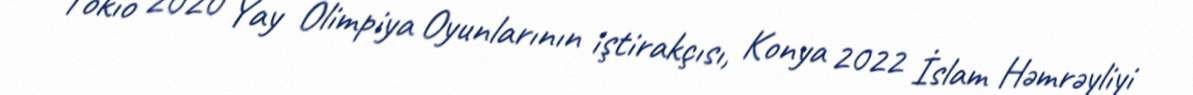
Tokio 2020 Yay Olimpiya Oyunlarının iştirakçısı, Konya 2022 İslam Həmrəyliyi